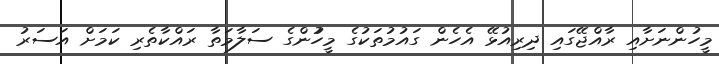
މީހުންނަށާއި ރާއްޖޭގައި ދިރިއުޅޭ އެހެން ގައުމުތަކުގެ މީހުުންގެ ސަލާމަތާ ރައްކާތެރި ކަމަށް އަސަރު